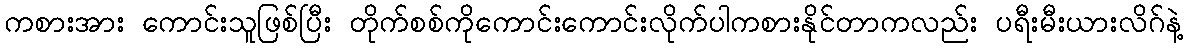
ကစားအား ကောင်းသူဖြစ်ပြီး တိုက်စစ်ကိုကောင်းကောင်းလိုက်ပါကစားနိုင်တာကလည်း ပရီးမီးယားလိဂ်နဲ့